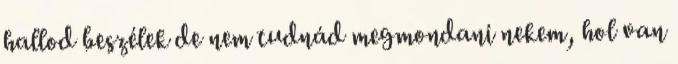
hallod beszélek de nem tudnád megmondani nekem, hol van